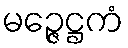
မဉ္ဇေဋ္ဌကံ